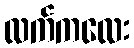
လက်ကလေး